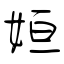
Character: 姮